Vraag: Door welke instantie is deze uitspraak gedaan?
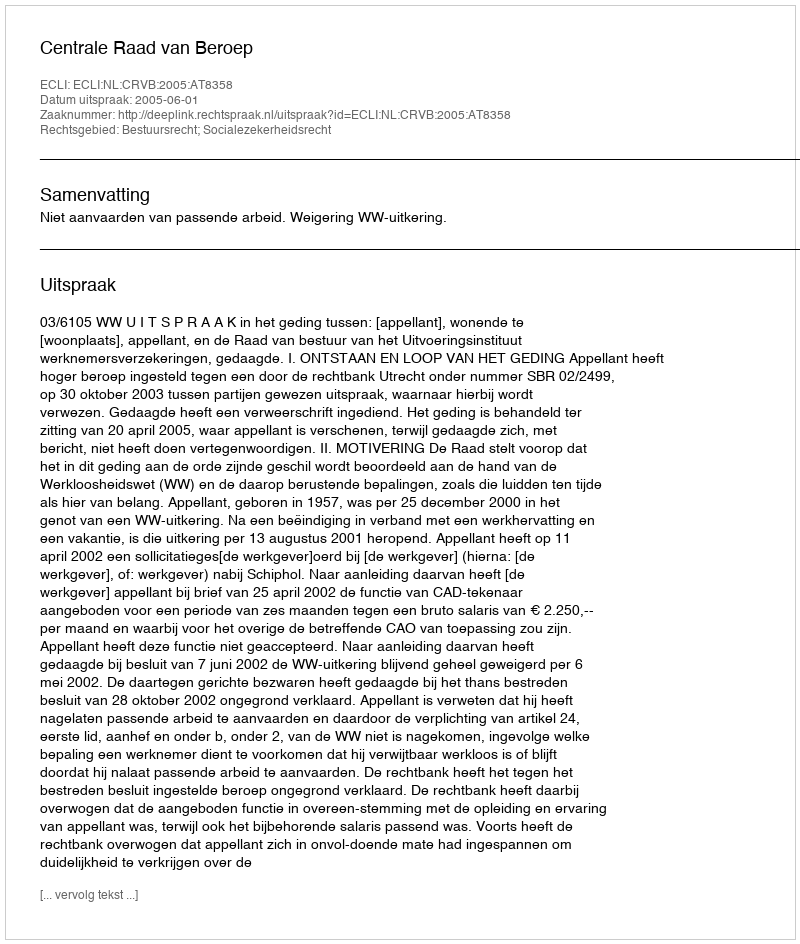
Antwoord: Centrale Raad van Beroep